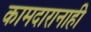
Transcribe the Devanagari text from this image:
कामदारानाही